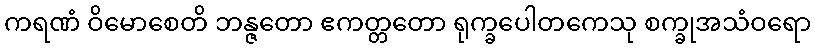
ကရဏံ ဝိမောစေတိ ဘန္ဇတော ဧကတ္တတော ရုက္ခပေါတကေသု စက္ခုအသံဝရော